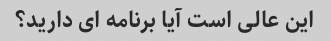
این عالی است آیا برنامه ای دارید؟